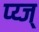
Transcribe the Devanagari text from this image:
प्य्ज्